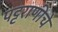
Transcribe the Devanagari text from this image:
पट्टराणीचे